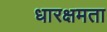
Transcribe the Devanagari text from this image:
धारक्षमता